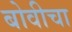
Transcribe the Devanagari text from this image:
बोवीचा